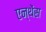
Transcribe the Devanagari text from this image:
एन्थेंस